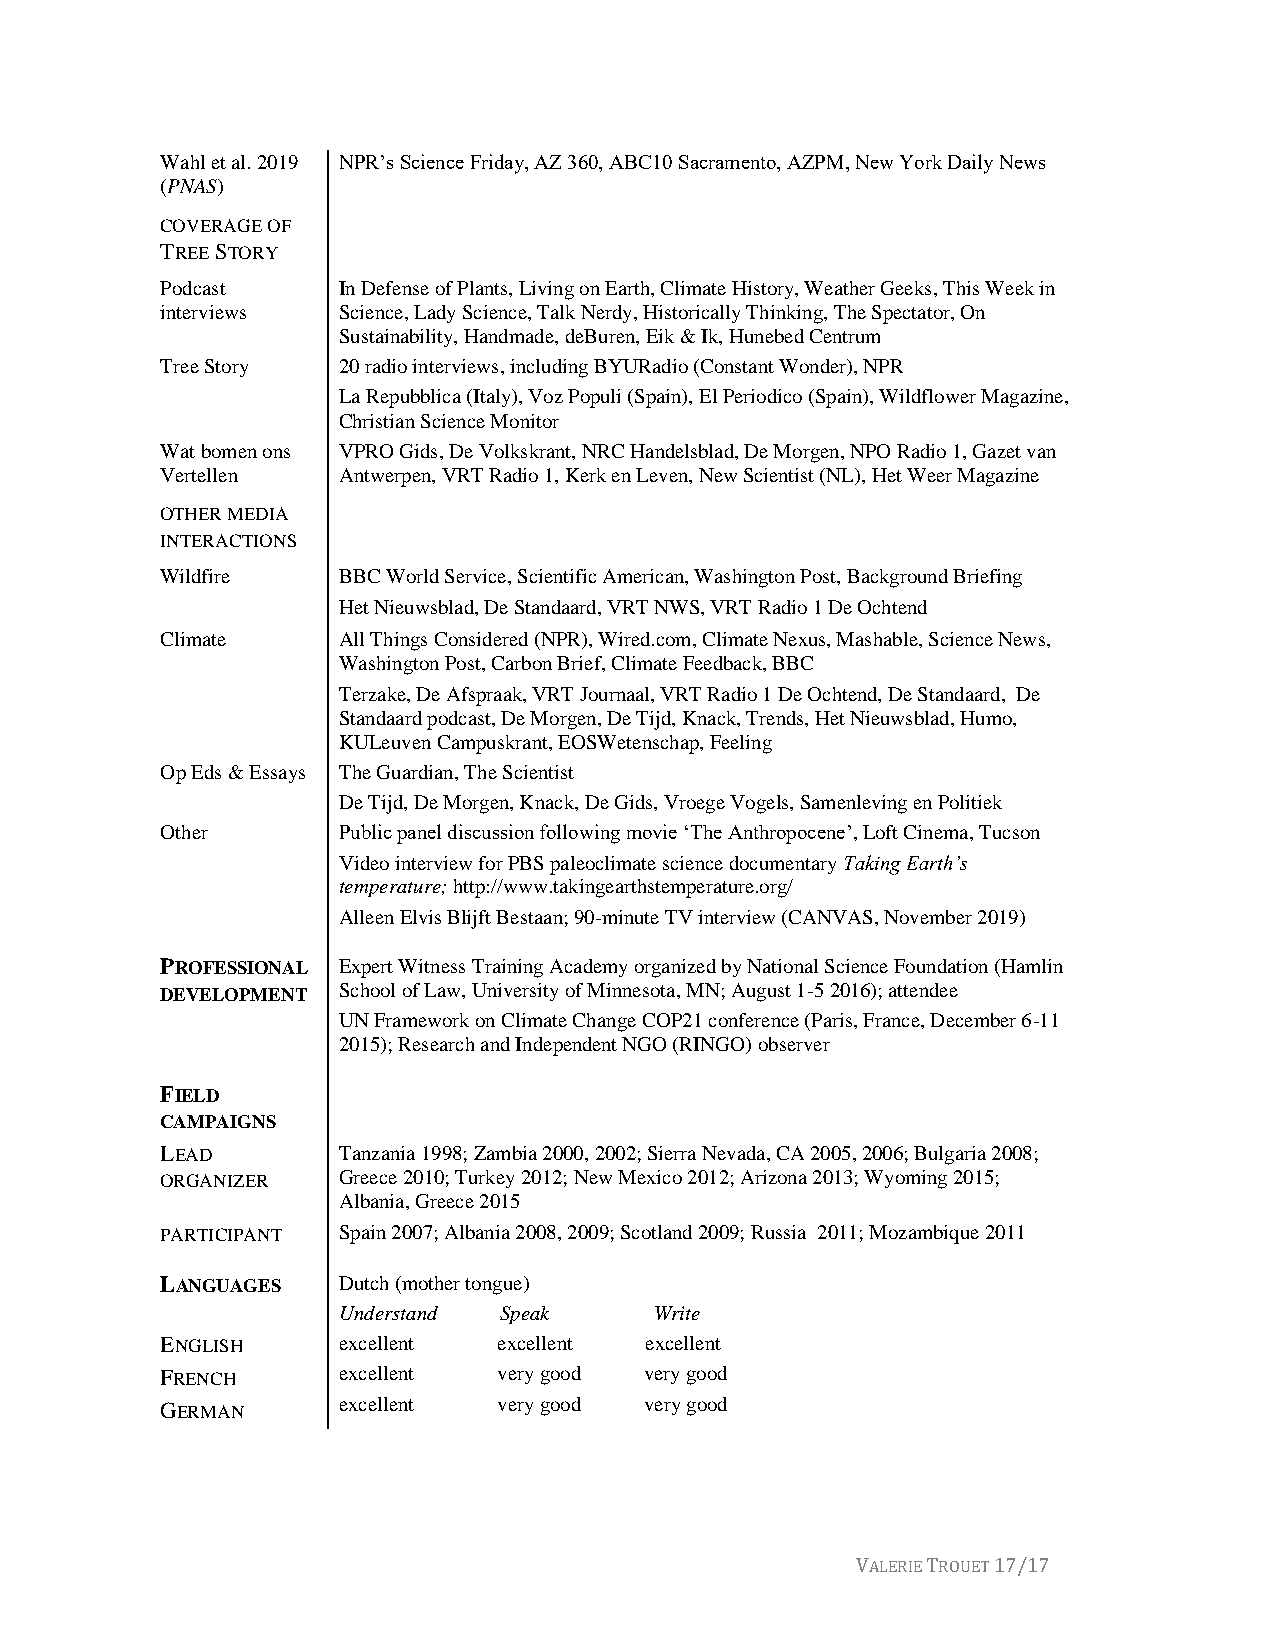
Wahl et al. 2019 NPR’s Science Friday, AZ 360, ABC10 Sacramento, AZPM, New York Daily News
 (PNAS)
 COVERAGE OF
 TREE STORY
 Podcast    In Defense of Plants, Living on Earth, Climate History, Weather Geeks, This Week in
 interviews Science, Lady Science, Talk Nerdy, Historically Thinking, The Spectator, On
 Sustainability, Handmade, deBuren, Eik & Ik, Hunebed Centrum
 Tree Story 20 radio interviews, including BYURadio (Constant Wonder), NPR
 La Repubblica (Italy), Voz Populi (Spain), El Periodico (Spain), Wildflower Magazine,
 Christian Science Monitor
 Wat bomen ons VPRO Gids, De Volkskrant, NRC Handelsblad, De Morgen, NPO Radio 1, Gazet van
 Vertellen  Antwerpen, VRT Radio 1, Kerk en Leven, New Scientist (NL), Het Weer Magazine
 OTHER MEDIA
 INTERACTIONS
 Wildfire   BBC World Service, Scientific American, Washington Post, Background Briefing
 Het Nieuwsblad, De Standaard, VRT NWS, VRT Radio 1 De Ochtend
 Climate    All Things Considered (NPR), Wired.com, Climate Nexus, Mashable, Science News,
 Washington Post, Carbon Brief, Climate Feedback, BBC
 Terzake, De Afspraak, VRT Journaal, VRT Radio 1 De Ochtend, De Standaard, De
 Standaard podcast, De Morgen, De Tijd, Knack, Trends, Het Nieuwsblad, Humo,
 KULeuven Campuskrant, EOSWetenschap, Feeling
 Op Eds & Essays The Guardian, The Scientist
 De Tijd, De Morgen, Knack, De Gids, Vroege Vogels, Samenleving en Politiek
 Other      Public panel discussion following movie ‘The Anthropocene’, Loft Cinema, Tucson
 Video interview for PBS paleoclimate science documentary Taking Earth’s
 temperature; http://www.takingearthstemperature.org/
 Alleen Elvis Blijft Bestaan; 90-minute TV interview (CANVAS, November 2019)
 PROFESSIONAL Expert Witness Training Academy organized by National Science Foundation (Hamlin
 DEVELOPMENT School of Law, University of Minnesota, MN; August 1-5 2016); attendee
 UN Framework on Climate Change COP21 conference (Paris, France, December 6-11
 2015); Research and Independent NGO (RINGO) observer
 FIELD
 CAMPAIGNS
 LEAD       Tanzania 1998; Zambia 2000, 2002; Sierra Nevada, CA 2005, 2006; Bulgaria 2008;
 ORGANIZER  Greece 2010; Turkey 2012; New Mexico 2012; Arizona 2013; Wyoming 2015;
 Albania, Greece 2015
 PARTICIPANT Spain 2007; Albania 2008, 2009; Scotland 2009; Russia 2011; Mozambique 2011
 LANGUAGES  Dutch (mother tongue)
 Understand Speak     Write
 ENGLISH    excellent  excellent excellent
 FRENCH     excellent  very good very good
 GERMAN     excellent  very good very good
 VALERIE TROUET 17/17